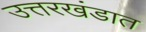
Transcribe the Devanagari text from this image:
उत्तरखंडात